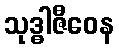
သုဒ္ဓါဇီဝေန